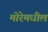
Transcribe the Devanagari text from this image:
मोरेमधील